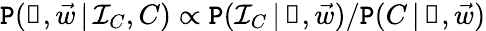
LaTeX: \mathtt{P}(\boldsymbol\uprho,\vec{{w}}\, |\, \mathcal{I}_{C},C)\propto\mathtt{P}(\mathcal{I}_{C}\, |\, \boldsymbol\uprho,\vec{{w}})/\mathtt{P}(C\, |\, \boldsymbol\uprho,\vec{{w}})